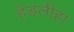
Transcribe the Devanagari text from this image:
हेडलीहा